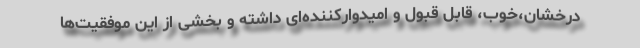
درخشان،‌خوب، قابل قبول و امیدوارکننده‌ای داشته و بخشی از این موفقیت‌ها